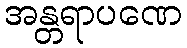
အန္တရာပဏေ